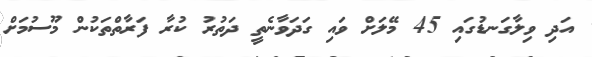
އަދި ވިލާގަނޑުގައި 45 މޭލަށް ވައި ގަދަވާނެތީ ދަތުރު ކުރާ ފަރާތްތަކުން މޫސުމަށް